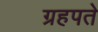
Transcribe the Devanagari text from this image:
ग्रहपते